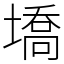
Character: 墧